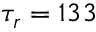
\tau _ { r } = 1 3 3